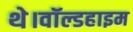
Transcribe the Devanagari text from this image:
थे।वॉल्डहाइम